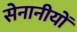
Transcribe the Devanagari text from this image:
सेनानीयों